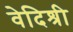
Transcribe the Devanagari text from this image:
वेदिश्री